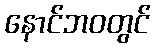
နောင်ဘဝတွင်